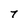
Character: 7